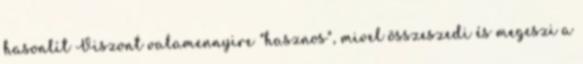
hasonlít Viszont valamennyire "hasznos", mivel összeszedi és megeszi a